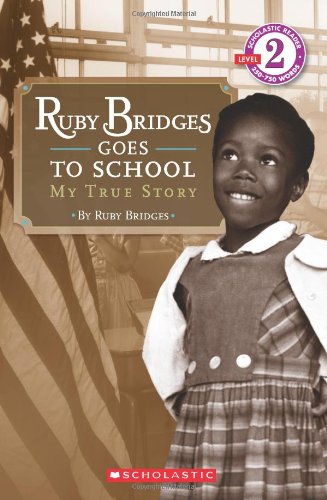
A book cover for Ruby Bridges Goes to School: My True Story (Scholastic Reader, Level 2); Ruby Bridges; Children's Books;